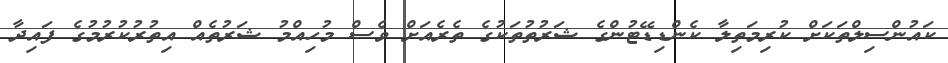
ކައުންސިލްތަކަށް ކުރިމަތިލާ ކެންޑިޑޭޓުންގެ ޝަރުތުތަކުގެ ތެރެއަށް ވެސް މުހިއްމު ޝަރުތެއް އިތުރުކުރުމުގެ ފައިދާ